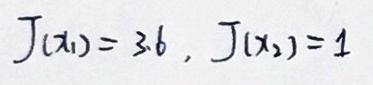
$J ( x _ { 1 } ) = 3 6, J ( x _ { 2 } ) = 1$